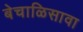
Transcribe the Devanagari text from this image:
बेचाळिसावा